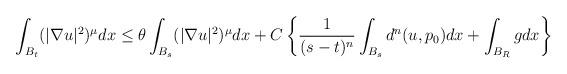
LaTeX: \begin{align*}\begin{aligned}\int_{B_{t}}(|\nabla u|^{2})^{\mu}dx \le\theta\int_{B_{s}}(|\nabla u|^{2})^{\mu}dx +C\left\{ \frac{1}{(s-t)^{n}}\int_{B_{s}}d^{n}(u,p_{0})dx+\int_{B_{R}}gdx\right\}\end{aligned}\end{align*}